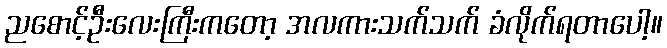
ညစောင့်ဦးလေးကြီးကတော့ အလကားသက်သက် ခံလိုက်ရတာပေါ့။